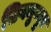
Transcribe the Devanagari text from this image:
सिगमुन्दुर